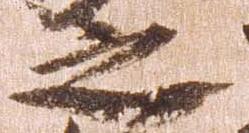
之